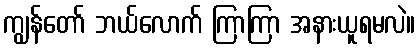
ကျွန်တော် ဘယ်လောက် ကြာကြာ အနားယူရမလဲ။